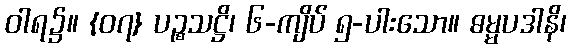
ဝါရ၌။ {၀၇} ပဉ္စသဋ္ဌိ၊ ၆-ကျိပ် ၅-ပါးသော။ ဓမ္မပဒါနိ၊